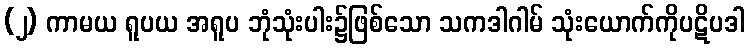
(၂) ကာမယ ရူပယ အရူပ ဘုံသုံးပါး၌ဖြစ်သော သကဒါဂါမ် သုံးယောက်ကိုပဋိပဒါ